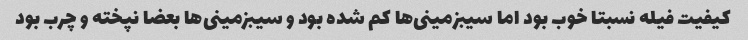
کیفیت فیله نسبتا خوب بود اما سیبزمینی‌ها کم شده بود و سیبزمینی‌ها بعضا نپخته و چرب بود